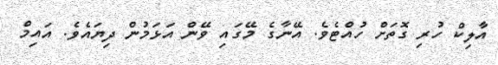
އާލިކް ހުރި ގޮތަށް ހުއްޓެވެ. އޭނާގެ މޭގައި ވޭން އަޅަމުން ދިޔައެވެ. އައިމް